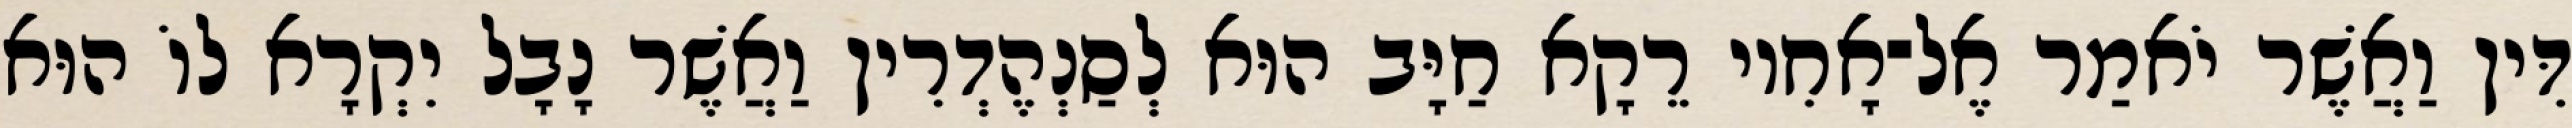
דִּין וַאֲשֶׁר יֹאמַר אֶל־אָחִיו רֵקָא חַיָּב הוּא לְסַנְהֶדְרִין וַאֲשֶׁר נָבָל יִקְרָא לוֹ הוּא